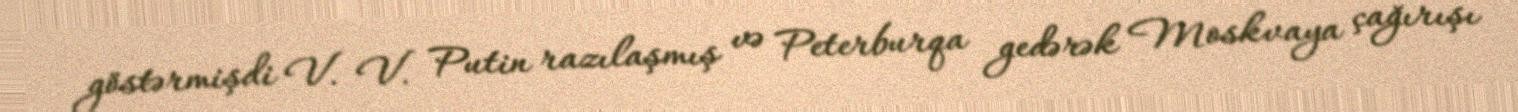
göstərmişdi V. V. Putin razılaşmış və Peterburqa gedərək Moskvaya çağırışı